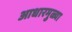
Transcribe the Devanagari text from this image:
आधारमुळ्या